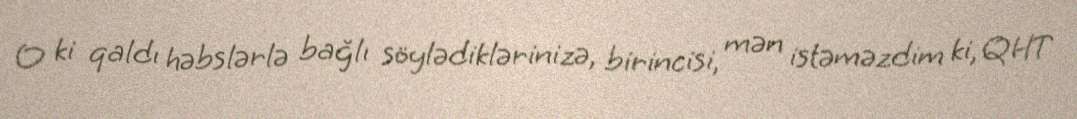
O ki qaldı həbslərlə bağlı söylədiklərinizə, birincisi, mən istəməzdim ki, QHT